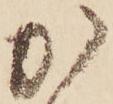
か